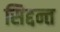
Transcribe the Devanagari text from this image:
सिद्दन्त